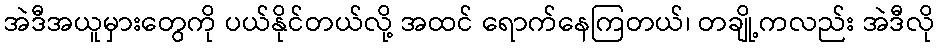
အဲဒီအယူမှားတွေကို ပယ်နိုင်တယ်လို့ အထင် ရောက်နေကြတယ်၊ တချို့ကလည်း အဲဒီလို